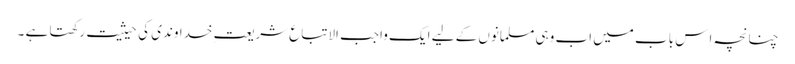
چنانچہ اِس باب میں اب وہی مسلمانوں کے لیے ایک واجب الاتباع شریعت ِخداوندی کی حیثیت رکھتا ہے ۔